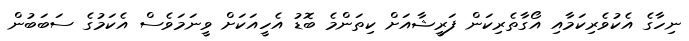
ނިހާގެ އެކުވެރިކަމާއި އޯގާތެރިކަން ފަރީޝާއަށް ކިތަންމެ ބޮޑު އެހީއަކަށް ވީނަމަވެސް އެކަމުގެ ސަބަބުން